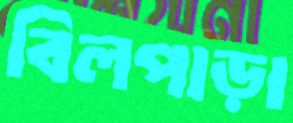
বিলপাড়া